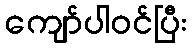
ကျော်ပါဝင်ပြီး